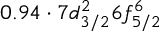
0 . 9 4 \cdot 7 d _ { 3 / 2 } ^ { 2 } 6 f _ { 5 / 2 } ^ { 6 }